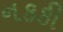
નકકી